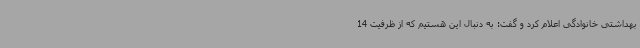
بهداشتی خانوادگی اعلام کرد و گفت: به دنبال این هستیم که از ظرفیت 14